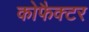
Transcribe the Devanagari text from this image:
कोफैक्टर